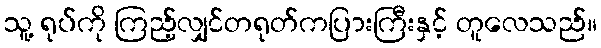
သူ့ ရုပ်ကို ကြည့်လျှင်တရုတ်ကပြားကြီးနှင့် တူလေသည်။